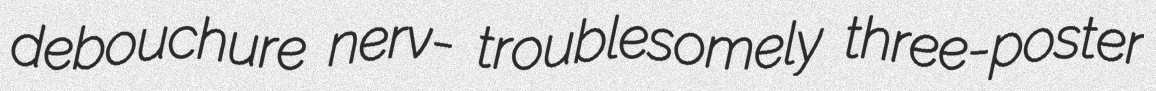
debouchure nerv- troublesomely three-poster